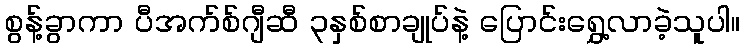
စွန့်ခွာကာ ပီအက်စ်ဂျီဆီ ၃နှစ်စာချုပ်နဲ့ ပြောင်းရွှေ့လာခဲ့သူပါ။